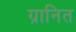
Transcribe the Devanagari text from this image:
ग्रानित